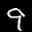
Label: 9